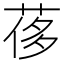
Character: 𦰿